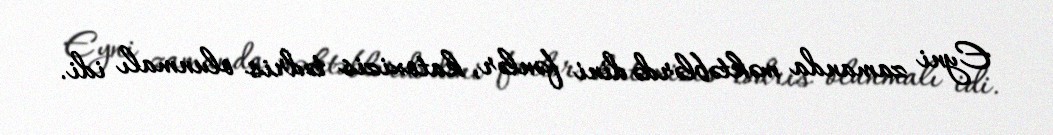
Eyni zamanda məktəblərdə dini fənlər, katoxizis tədris olunmalı idi.